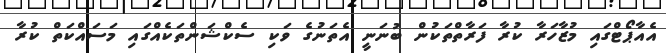
އެއާޕޯޓްގައި މުޒާހަރާ ކުރާ ފަރާތްތަކުން ބުނަނީ އެތަނުގެ ވަކި ސެކްޝަންތަކެއްގައި މަސައްކަތް ކުރާ